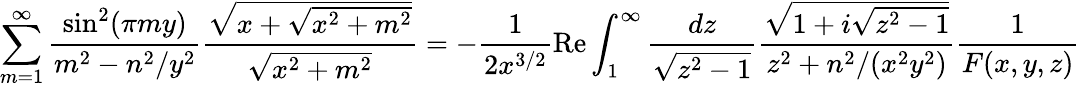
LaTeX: \sum_{m=1}^{\infty}\frac{\sin^{2}(\pi my)}{m^{2}-n^{2}/y^{2}}\frac{\sqrt{x+\sqrt{x^{2}+m^{2}}}}{\sqrt{x^{2}+m^{2}}}=-\frac{1}{2x^{3/2}}\mathrm{Re}\int_{1}^{\infty}\frac{dz}{\sqrt{z^{2}-1}}\frac{\sqrt{1+i\sqrt{z^{2}-1}}}{z^{2}+n^{2}/(x^{2}y^{2})}\frac{1}{F(x,y,z)}